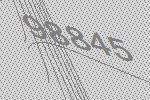
98845